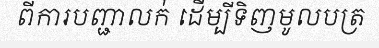
ពីការបញ្ជាលក់ ដើម្បីទិញមូលបត្រ